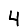
Digit: 4